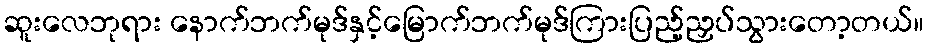
ဆူးလေဘုရား နောက်ဘက်မုဒ်နှင့်မြောက်ဘက်မုဒ်ကြားပြည့်ညှပ်သွားတော့တယ်။